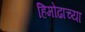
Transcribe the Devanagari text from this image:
हिमोढाच्या